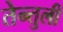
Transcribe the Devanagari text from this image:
तेन्तुली